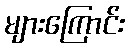
များကြောင်း